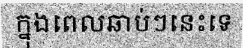
ក្នុងពេលឆាប់ៗនេះទេ